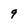
Character: 9